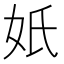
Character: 𡚼